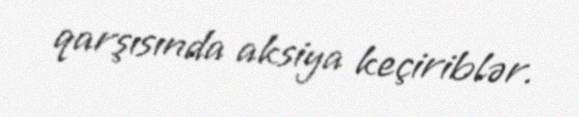
qarşısında aksiya keçiriblər.